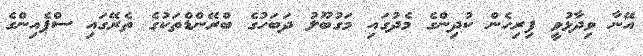
އޭނާ ވިދާޅުވީ ފިރިހެން ކުދިންގެ މެދުގައި މަގުބޫލު ދަބަހުގެ ބްރޭންޑްތަކުގެ ތެރޭގައި ސްޕެއިންގެ